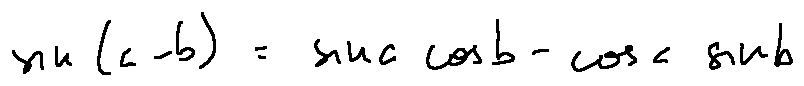
\sin ( a - b ) = \sin a \cos b - \cos a \sin b